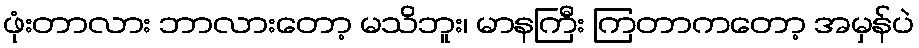
ဖုံးတာလား ဘာလားတော့ မသိဘူး၊ မာနကြီး ကြတာကတော့ အမှန်ပဲ